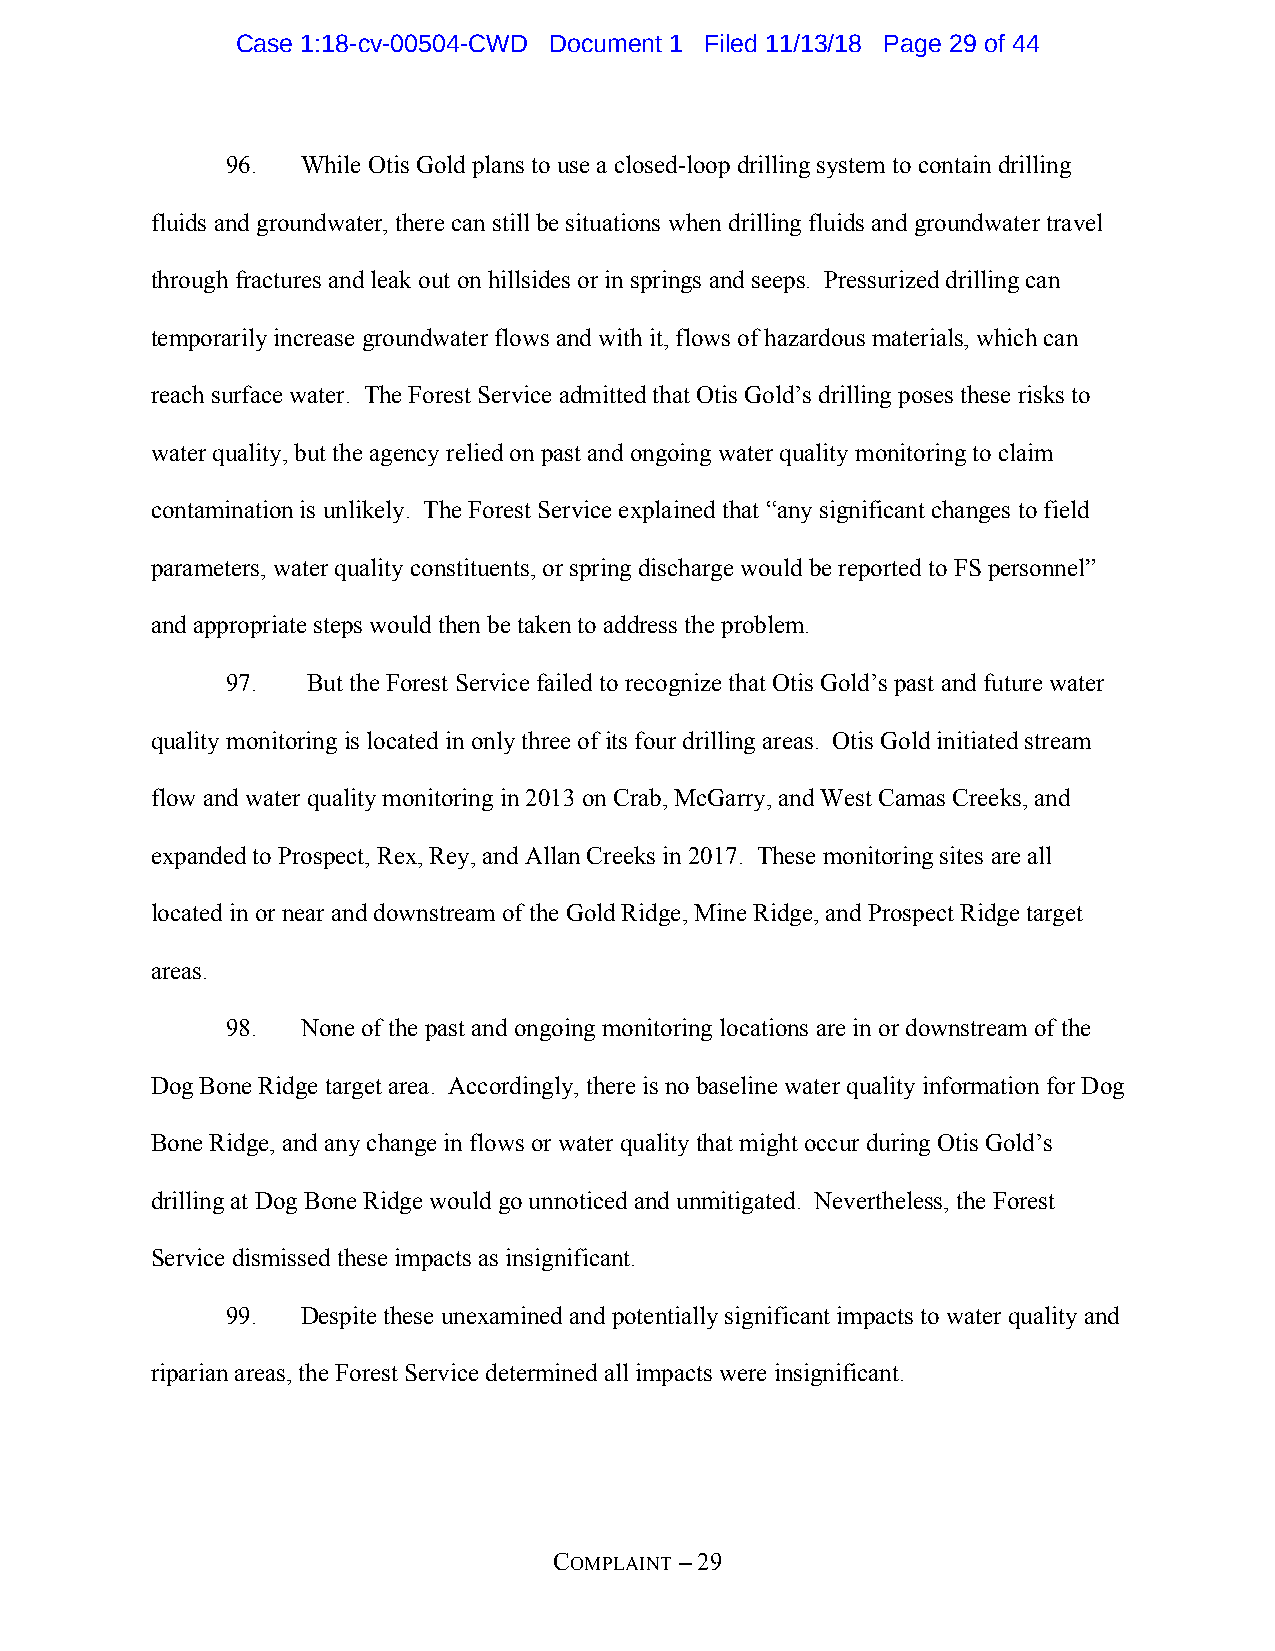
Case 1:18-cv-00504-CWD Document 1 Filed 11/13/18 Page 29 of 44
 96.  While Otis Gold plans to use a closed-loop drilling system to contain drilling
 fluids and groundwater, there can still be situations when drilling fluids and groundwater travel
 through fractures and leak out on hillsides or in springs and seeps. Pressurized drilling can
 temporarily increase groundwater flows and with it, flows of hazardous materials, which can
 reach surface water. The Forest Service admitted that Otis Gold’s drilling poses these risks to
 water quality, but the agency relied on past and ongoing water quality monitoring to claim
 contamination is unlikely. The Forest Service explained that “any significant changes to field
 parameters, water quality constituents, or spring discharge would be reported to FS personnel”
 and appropriate steps would then be taken to address the problem.
 97.  But the Forest Service failed to recognize that Otis Gold’s past and future water
 quality monitoring is located in only three of its four drilling areas. Otis Gold initiated stream
 flow and water quality monitoring in 2013 on Crab, McGarry, and West Camas Creeks, and
 expanded to Prospect, Rex, Rey, and Allan Creeks in 2017. These monitoring sites are all
 located in or near and downstream of the Gold Ridge, Mine Ridge, and Prospect Ridge target
 areas.
 98.  None of the past and ongoing monitoring locations are in or downstream of the
 Dog Bone Ridge target area. Accordingly, there is no baseline water quality information for Dog
 Bone Ridge, and any change in flows or water quality that might occur during Otis Gold’s
 drilling at Dog Bone Ridge would go unnoticed and unmitigated. Nevertheless, the Forest
 Service dismissed these impacts as insignificant.
 99.  Despite these unexamined and potentially significant impacts to water quality and
 riparian areas, the Forest Service determined all impacts were insignificant.
 COMPLAINT – 29